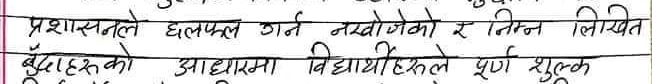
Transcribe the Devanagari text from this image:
प्रशासनले छलफल गर्न नखोजेको र निम्न लिखित बुँदाहरूको आधारमा विद्यार्थीहरूले पूर्ण शुल्क